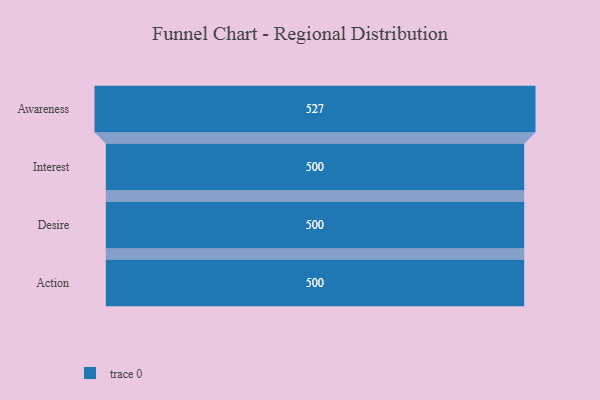
{"axis": {"x": "Stage", "y": "Value"}, "legend": [""], "data": [{"x": "Awareness", "y": 527.0, "type": ""}, {"x": "Interest", "y": 500, "type": ""}, {"x": "Desire", "y": 500, "type": ""}, {"x": "Action", "y": 500, "type": ""}]}